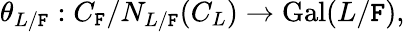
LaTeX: \theta_{L/\mathtt{F}}:C_{\mathtt{F}}/{N_{L/\mathtt{F}}(C_{L})}\to\operatorname{Gal}(L/\mathtt{F}),